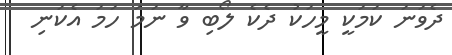
ދެވަނަ ކަމަކީ މީހަކު ދެކެ ލޯބި ވާ ނަމަ ހަމަ އެކަނި